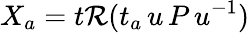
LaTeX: X_{a}=t\mathcal{R}(t_{a}\, u\, P\, u^{-1})